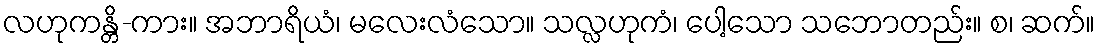
လဟုကန္တိ-ကား။ အဘာရိယံ၊ မလေးလံသော။ သလ္လဟုကံ၊ ပေါ့သော သဘောတည်း။ စ၊ ဆက်။